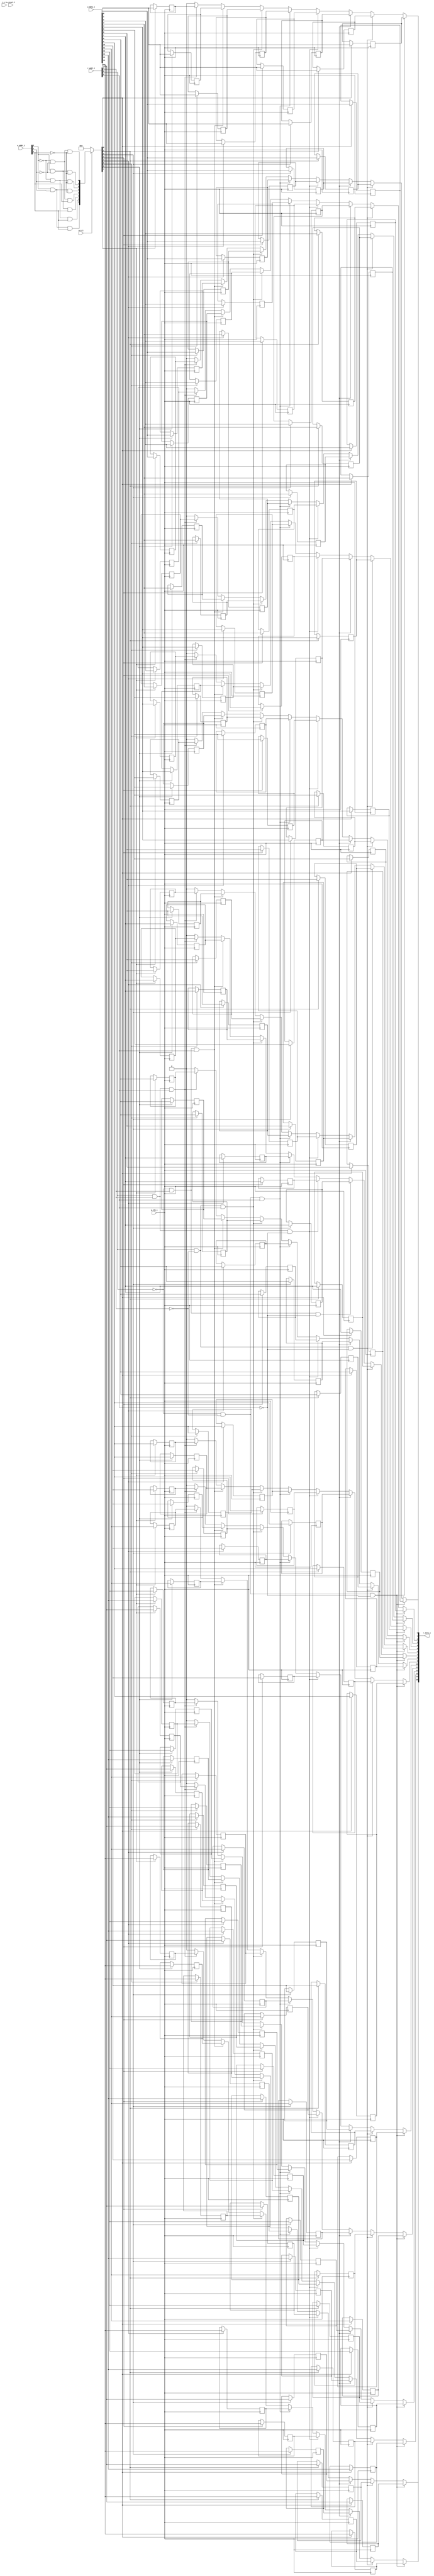
// This program was cloned from: https://github.com/NYU-MLDA/OpenABC
// License: BSD 3-Clause "New" or "Revised" License

module bsg_mem_1r1w_synth_width_p16_els_p8_read_write_same_addr_p0_harden_p0
(
  w_clk_i,
  w_reset_i,
  w_v_i,
  w_addr_i,
  w_data_i,
  r_v_i,
  r_addr_i,
  r_data_o
);

  input [2:0] w_addr_i;
  input [15:0] w_data_i;
  input [2:0] r_addr_i;
  output [15:0] r_data_o;
  input w_clk_i;
  input w_reset_i;
  input w_v_i;
  input r_v_i;
  wire [15:0] r_data_o;
  wire N0,N1,N2,N3,N4,N5,N6,N7,N8,N9,N10,N11,N12,N13,N14,N15,N16,N17,N18,N19,N20,N21,
  N22,N23,N24,N25,N26,N27,N28,N29,N30,N31,N32,N33,N34,N35,N36,N37,N38,N39,N40,N41,
  N42,N43,N44,N45;
  wire [127:0] mem;
  reg mem_127_sv2v_reg,mem_126_sv2v_reg,mem_125_sv2v_reg,mem_124_sv2v_reg,
  mem_123_sv2v_reg,mem_122_sv2v_reg,mem_121_sv2v_reg,mem_120_sv2v_reg,mem_119_sv2v_reg,
  mem_118_sv2v_reg,mem_117_sv2v_reg,mem_116_sv2v_reg,mem_115_sv2v_reg,mem_114_sv2v_reg,
  mem_113_sv2v_reg,mem_112_sv2v_reg,mem_111_sv2v_reg,mem_110_sv2v_reg,
  mem_109_sv2v_reg,mem_108_sv2v_reg,mem_107_sv2v_reg,mem_106_sv2v_reg,mem_105_sv2v_reg,
  mem_104_sv2v_reg,mem_103_sv2v_reg,mem_102_sv2v_reg,mem_101_sv2v_reg,mem_100_sv2v_reg,
  mem_99_sv2v_reg,mem_98_sv2v_reg,mem_97_sv2v_reg,mem_96_sv2v_reg,mem_95_sv2v_reg,
  mem_94_sv2v_reg,mem_93_sv2v_reg,mem_92_sv2v_reg,mem_91_sv2v_reg,mem_90_sv2v_reg,
  mem_89_sv2v_reg,mem_88_sv2v_reg,mem_87_sv2v_reg,mem_86_sv2v_reg,mem_85_sv2v_reg,
  mem_84_sv2v_reg,mem_83_sv2v_reg,mem_82_sv2v_reg,mem_81_sv2v_reg,mem_80_sv2v_reg,
  mem_79_sv2v_reg,mem_78_sv2v_reg,mem_77_sv2v_reg,mem_76_sv2v_reg,mem_75_sv2v_reg,
  mem_74_sv2v_reg,mem_73_sv2v_reg,mem_72_sv2v_reg,mem_71_sv2v_reg,mem_70_sv2v_reg,
  mem_69_sv2v_reg,mem_68_sv2v_reg,mem_67_sv2v_reg,mem_66_sv2v_reg,mem_65_sv2v_reg,
  mem_64_sv2v_reg,mem_63_sv2v_reg,mem_62_sv2v_reg,mem_61_sv2v_reg,mem_60_sv2v_reg,
  mem_59_sv2v_reg,mem_58_sv2v_reg,mem_57_sv2v_reg,mem_56_sv2v_reg,mem_55_sv2v_reg,
  mem_54_sv2v_reg,mem_53_sv2v_reg,mem_52_sv2v_reg,mem_51_sv2v_reg,mem_50_sv2v_reg,
  mem_49_sv2v_reg,mem_48_sv2v_reg,mem_47_sv2v_reg,mem_46_sv2v_reg,mem_45_sv2v_reg,
  mem_44_sv2v_reg,mem_43_sv2v_reg,mem_42_sv2v_reg,mem_41_sv2v_reg,mem_40_sv2v_reg,
  mem_39_sv2v_reg,mem_38_sv2v_reg,mem_37_sv2v_reg,mem_36_sv2v_reg,mem_35_sv2v_reg,
  mem_34_sv2v_reg,mem_33_sv2v_reg,mem_32_sv2v_reg,mem_31_sv2v_reg,mem_30_sv2v_reg,
  mem_29_sv2v_reg,mem_28_sv2v_reg,mem_27_sv2v_reg,mem_26_sv2v_reg,mem_25_sv2v_reg,
  mem_24_sv2v_reg,mem_23_sv2v_reg,mem_22_sv2v_reg,mem_21_sv2v_reg,mem_20_sv2v_reg,
  mem_19_sv2v_reg,mem_18_sv2v_reg,mem_17_sv2v_reg,mem_16_sv2v_reg,mem_15_sv2v_reg,
  mem_14_sv2v_reg,mem_13_sv2v_reg,mem_12_sv2v_reg,mem_11_sv2v_reg,mem_10_sv2v_reg,
  mem_9_sv2v_reg,mem_8_sv2v_reg,mem_7_sv2v_reg,mem_6_sv2v_reg,mem_5_sv2v_reg,
  mem_4_sv2v_reg,mem_3_sv2v_reg,mem_2_sv2v_reg,mem_1_sv2v_reg,mem_0_sv2v_reg;
  assign mem[127] = mem_127_sv2v_reg;
  assign mem[126] = mem_126_sv2v_reg;
  assign mem[125] = mem_125_sv2v_reg;
  assign mem[124] = mem_124_sv2v_reg;
  assign mem[123] = mem_123_sv2v_reg;
  assign mem[122] = mem_122_sv2v_reg;
  assign mem[121] = mem_121_sv2v_reg;
  assign mem[120] = mem_120_sv2v_reg;
  assign mem[119] = mem_119_sv2v_reg;
  assign mem[118] = mem_118_sv2v_reg;
  assign mem[117] = mem_117_sv2v_reg;
  assign mem[116] = mem_116_sv2v_reg;
  assign mem[115] = mem_115_sv2v_reg;
  assign mem[114] = mem_114_sv2v_reg;
  assign mem[113] = mem_113_sv2v_reg;
  assign mem[112] = mem_112_sv2v_reg;
  assign mem[111] = mem_111_sv2v_reg;
  assign mem[110] = mem_110_sv2v_reg;
  assign mem[109] = mem_109_sv2v_reg;
  assign mem[108] = mem_108_sv2v_reg;
  assign mem[107] = mem_107_sv2v_reg;
  assign mem[106] = mem_106_sv2v_reg;
  assign mem[105] = mem_105_sv2v_reg;
  assign mem[104] = mem_104_sv2v_reg;
  assign mem[103] = mem_103_sv2v_reg;
  assign mem[102] = mem_102_sv2v_reg;
  assign mem[101] = mem_101_sv2v_reg;
  assign mem[100] = mem_100_sv2v_reg;
  assign mem[99] = mem_99_sv2v_reg;
  assign mem[98] = mem_98_sv2v_reg;
  assign mem[97] = mem_97_sv2v_reg;
  assign mem[96] = mem_96_sv2v_reg;
  assign mem[95] = mem_95_sv2v_reg;
  assign mem[94] = mem_94_sv2v_reg;
  assign mem[93] = mem_93_sv2v_reg;
  assign mem[92] = mem_92_sv2v_reg;
  assign mem[91] = mem_91_sv2v_reg;
  assign mem[90] = mem_90_sv2v_reg;
  assign mem[89] = mem_89_sv2v_reg;
  assign mem[88] = mem_88_sv2v_reg;
  assign mem[87] = mem_87_sv2v_reg;
  assign mem[86] = mem_86_sv2v_reg;
  assign mem[85] = mem_85_sv2v_reg;
  assign mem[84] = mem_84_sv2v_reg;
  assign mem[83] = mem_83_sv2v_reg;
  assign mem[82] = mem_82_sv2v_reg;
  assign mem[81] = mem_81_sv2v_reg;
  assign mem[80] = mem_80_sv2v_reg;
  assign mem[79] = mem_79_sv2v_reg;
  assign mem[78] = mem_78_sv2v_reg;
  assign mem[77] = mem_77_sv2v_reg;
  assign mem[76] = mem_76_sv2v_reg;
  assign mem[75] = mem_75_sv2v_reg;
  assign mem[74] = mem_74_sv2v_reg;
  assign mem[73] = mem_73_sv2v_reg;
  assign mem[72] = mem_72_sv2v_reg;
  assign mem[71] = mem_71_sv2v_reg;
  assign mem[70] = mem_70_sv2v_reg;
  assign mem[69] = mem_69_sv2v_reg;
  assign mem[68] = mem_68_sv2v_reg;
  assign mem[67] = mem_67_sv2v_reg;
  assign mem[66] = mem_66_sv2v_reg;
  assign mem[65] = mem_65_sv2v_reg;
  assign mem[64] = mem_64_sv2v_reg;
  assign mem[63] = mem_63_sv2v_reg;
  assign mem[62] = mem_62_sv2v_reg;
  assign mem[61] = mem_61_sv2v_reg;
  assign mem[60] = mem_60_sv2v_reg;
  assign mem[59] = mem_59_sv2v_reg;
  assign mem[58] = mem_58_sv2v_reg;
  assign mem[57] = mem_57_sv2v_reg;
  assign mem[56] = mem_56_sv2v_reg;
  assign mem[55] = mem_55_sv2v_reg;
  assign mem[54] = mem_54_sv2v_reg;
  assign mem[53] = mem_53_sv2v_reg;
  assign mem[52] = mem_52_sv2v_reg;
  assign mem[51] = mem_51_sv2v_reg;
  assign mem[50] = mem_50_sv2v_reg;
  assign mem[49] = mem_49_sv2v_reg;
  assign mem[48] = mem_48_sv2v_reg;
  assign mem[47] = mem_47_sv2v_reg;
  assign mem[46] = mem_46_sv2v_reg;
  assign mem[45] = mem_45_sv2v_reg;
  assign mem[44] = mem_44_sv2v_reg;
  assign mem[43] = mem_43_sv2v_reg;
  assign mem[42] = mem_42_sv2v_reg;
  assign mem[41] = mem_41_sv2v_reg;
  assign mem[40] = mem_40_sv2v_reg;
  assign mem[39] = mem_39_sv2v_reg;
  assign mem[38] = mem_38_sv2v_reg;
  assign mem[37] = mem_37_sv2v_reg;
  assign mem[36] = mem_36_sv2v_reg;
  assign mem[35] = mem_35_sv2v_reg;
  assign mem[34] = mem_34_sv2v_reg;
  assign mem[33] = mem_33_sv2v_reg;
  assign mem[32] = mem_32_sv2v_reg;
  assign mem[31] = mem_31_sv2v_reg;
  assign mem[30] = mem_30_sv2v_reg;
  assign mem[29] = mem_29_sv2v_reg;
  assign mem[28] = mem_28_sv2v_reg;
  assign mem[27] = mem_27_sv2v_reg;
  assign mem[26] = mem_26_sv2v_reg;
  assign mem[25] = mem_25_sv2v_reg;
  assign mem[24] = mem_24_sv2v_reg;
  assign mem[23] = mem_23_sv2v_reg;
  assign mem[22] = mem_22_sv2v_reg;
  assign mem[21] = mem_21_sv2v_reg;
  assign mem[20] = mem_20_sv2v_reg;
  assign mem[19] = mem_19_sv2v_reg;
  assign mem[18] = mem_18_sv2v_reg;
  assign mem[17] = mem_17_sv2v_reg;
  assign mem[16] = mem_16_sv2v_reg;
  assign mem[15] = mem_15_sv2v_reg;
  assign mem[14] = mem_14_sv2v_reg;
  assign mem[13] = mem_13_sv2v_reg;
  assign mem[12] = mem_12_sv2v_reg;
  assign mem[11] = mem_11_sv2v_reg;
  assign mem[10] = mem_10_sv2v_reg;
  assign mem[9] = mem_9_sv2v_reg;
  assign mem[8] = mem_8_sv2v_reg;
  assign mem[7] = mem_7_sv2v_reg;
  assign mem[6] = mem_6_sv2v_reg;
  assign mem[5] = mem_5_sv2v_reg;
  assign mem[4] = mem_4_sv2v_reg;
  assign mem[3] = mem_3_sv2v_reg;
  assign mem[2] = mem_2_sv2v_reg;
  assign mem[1] = mem_1_sv2v_reg;
  assign mem[0] = mem_0_sv2v_reg;
  assign r_data_o[15] = (N17)? mem[15] : 
                        (N19)? mem[31] : 
                        (N21)? mem[47] : 
                        (N23)? mem[63] : 
                        (N18)? mem[79] : 
                        (N20)? mem[95] : 
                        (N22)? mem[111] : 
                        (N24)? mem[127] : 1'b0;
  assign r_data_o[14] = (N17)? mem[14] : 
                        (N19)? mem[30] : 
                        (N21)? mem[46] : 
                        (N23)? mem[62] : 
                        (N18)? mem[78] : 
                        (N20)? mem[94] : 
                        (N22)? mem[110] : 
                        (N24)? mem[126] : 1'b0;
  assign r_data_o[13] = (N17)? mem[13] : 
                        (N19)? mem[29] : 
                        (N21)? mem[45] : 
                        (N23)? mem[61] : 
                        (N18)? mem[77] : 
                        (N20)? mem[93] : 
                        (N22)? mem[109] : 
                        (N24)? mem[125] : 1'b0;
  assign r_data_o[12] = (N17)? mem[12] : 
                        (N19)? mem[28] : 
                        (N21)? mem[44] : 
                        (N23)? mem[60] : 
                        (N18)? mem[76] : 
                        (N20)? mem[92] : 
                        (N22)? mem[108] : 
                        (N24)? mem[124] : 1'b0;
  assign r_data_o[11] = (N17)? mem[11] : 
                        (N19)? mem[27] : 
                        (N21)? mem[43] : 
                        (N23)? mem[59] : 
                        (N18)? mem[75] : 
                        (N20)? mem[91] : 
                        (N22)? mem[107] : 
                        (N24)? mem[123] : 1'b0;
  assign r_data_o[10] = (N17)? mem[10] : 
                        (N19)? mem[26] : 
                        (N21)? mem[42] : 
                        (N23)? mem[58] : 
                        (N18)? mem[74] : 
                        (N20)? mem[90] : 
                        (N22)? mem[106] : 
                        (N24)? mem[122] : 1'b0;
  assign r_data_o[9] = (N17)? mem[9] : 
                       (N19)? mem[25] : 
                       (N21)? mem[41] : 
                       (N23)? mem[57] : 
                       (N18)? mem[73] : 
                       (N20)? mem[89] : 
                       (N22)? mem[105] : 
                       (N24)? mem[121] : 1'b0;
  assign r_data_o[8] = (N17)? mem[8] : 
                       (N19)? mem[24] : 
                       (N21)? mem[40] : 
                       (N23)? mem[56] : 
                       (N18)? mem[72] : 
                       (N20)? mem[88] : 
                       (N22)? mem[104] : 
                       (N24)? mem[120] : 1'b0;
  assign r_data_o[7] = (N17)? mem[7] : 
                       (N19)? mem[23] : 
                       (N21)? mem[39] : 
                       (N23)? mem[55] : 
                       (N18)? mem[71] : 
                       (N20)? mem[87] : 
                       (N22)? mem[103] : 
                       (N24)? mem[119] : 1'b0;
  assign r_data_o[6] = (N17)? mem[6] : 
                       (N19)? mem[22] : 
                       (N21)? mem[38] : 
                       (N23)? mem[54] : 
                       (N18)? mem[70] : 
                       (N20)? mem[86] : 
                       (N22)? mem[102] : 
                       (N24)? mem[118] : 1'b0;
  assign r_data_o[5] = (N17)? mem[5] : 
                       (N19)? mem[21] : 
                       (N21)? mem[37] : 
                       (N23)? mem[53] : 
                       (N18)? mem[69] : 
                       (N20)? mem[85] : 
                       (N22)? mem[101] : 
                       (N24)? mem[117] : 1'b0;
  assign r_data_o[4] = (N17)? mem[4] : 
                       (N19)? mem[20] : 
                       (N21)? mem[36] : 
                       (N23)? mem[52] : 
                       (N18)? mem[68] : 
                       (N20)? mem[84] : 
                       (N22)? mem[100] : 
                       (N24)? mem[116] : 1'b0;
  assign r_data_o[3] = (N17)? mem[3] : 
                       (N19)? mem[19] : 
                       (N21)? mem[35] : 
                       (N23)? mem[51] : 
                       (N18)? mem[67] : 
                       (N20)? mem[83] : 
                       (N22)? mem[99] : 
                       (N24)? mem[115] : 1'b0;
  assign r_data_o[2] = (N17)? mem[2] : 
                       (N19)? mem[18] : 
                       (N21)? mem[34] : 
                       (N23)? mem[50] : 
                       (N18)? mem[66] : 
                       (N20)? mem[82] : 
                       (N22)? mem[98] : 
                       (N24)? mem[114] : 1'b0;
  assign r_data_o[1] = (N17)? mem[1] : 
                       (N19)? mem[17] : 
                       (N21)? mem[33] : 
                       (N23)? mem[49] : 
                       (N18)? mem[65] : 
                       (N20)? mem[81] : 
                       (N22)? mem[97] : 
                       (N24)? mem[113] : 1'b0;
  assign r_data_o[0] = (N17)? mem[0] : 
                       (N19)? mem[16] : 
                       (N21)? mem[32] : 
                       (N23)? mem[48] : 
                       (N18)? mem[64] : 
                       (N20)? mem[80] : 
                       (N22)? mem[96] : 
                       (N24)? mem[112] : 1'b0;

  always @(posedge w_clk_i) begin
    if(N41) begin
      mem_127_sv2v_reg <= w_data_i[15];
    end 
  end


  always @(posedge w_clk_i) begin
    if(N41) begin
      mem_126_sv2v_reg <= w_data_i[14];
    end 
  end


  always @(posedge w_clk_i) begin
    if(N41) begin
      mem_125_sv2v_reg <= w_data_i[13];
    end 
  end


  always @(posedge w_clk_i) begin
    if(N41) begin
      mem_124_sv2v_reg <= w_data_i[12];
    end 
  end


  always @(posedge w_clk_i) begin
    if(N41) begin
      mem_123_sv2v_reg <= w_data_i[11];
    end 
  end


  always @(posedge w_clk_i) begin
    if(N41) begin
      mem_122_sv2v_reg <= w_data_i[10];
    end 
  end


  always @(posedge w_clk_i) begin
    if(N41) begin
      mem_121_sv2v_reg <= w_data_i[9];
    end 
  end


  always @(posedge w_clk_i) begin
    if(N41) begin
      mem_120_sv2v_reg <= w_data_i[8];
    end 
  end


  always @(posedge w_clk_i) begin
    if(N41) begin
      mem_119_sv2v_reg <= w_data_i[7];
    end 
  end


  always @(posedge w_clk_i) begin
    if(N41) begin
      mem_118_sv2v_reg <= w_data_i[6];
    end 
  end


  always @(posedge w_clk_i) begin
    if(N41) begin
      mem_117_sv2v_reg <= w_data_i[5];
    end 
  end


  always @(posedge w_clk_i) begin
    if(N41) begin
      mem_116_sv2v_reg <= w_data_i[4];
    end 
  end


  always @(posedge w_clk_i) begin
    if(N41) begin
      mem_115_sv2v_reg <= w_data_i[3];
    end 
  end


  always @(posedge w_clk_i) begin
    if(N41) begin
      mem_114_sv2v_reg <= w_data_i[2];
    end 
  end


  always @(posedge w_clk_i) begin
    if(N41) begin
      mem_113_sv2v_reg <= w_data_i[1];
    end 
  end


  always @(posedge w_clk_i) begin
    if(N41) begin
      mem_112_sv2v_reg <= w_data_i[0];
    end 
  end


  always @(posedge w_clk_i) begin
    if(N40) begin
      mem_111_sv2v_reg <= w_data_i[15];
    end 
  end


  always @(posedge w_clk_i) begin
    if(N40) begin
      mem_110_sv2v_reg <= w_data_i[14];
    end 
  end


  always @(posedge w_clk_i) begin
    if(N40) begin
      mem_109_sv2v_reg <= w_data_i[13];
    end 
  end


  always @(posedge w_clk_i) begin
    if(N40) begin
      mem_108_sv2v_reg <= w_data_i[12];
    end 
  end


  always @(posedge w_clk_i) begin
    if(N40) begin
      mem_107_sv2v_reg <= w_data_i[11];
    end 
  end


  always @(posedge w_clk_i) begin
    if(N40) begin
      mem_106_sv2v_reg <= w_data_i[10];
    end 
  end


  always @(posedge w_clk_i) begin
    if(N40) begin
      mem_105_sv2v_reg <= w_data_i[9];
    end 
  end


  always @(posedge w_clk_i) begin
    if(N40) begin
      mem_104_sv2v_reg <= w_data_i[8];
    end 
  end


  always @(posedge w_clk_i) begin
    if(N40) begin
      mem_103_sv2v_reg <= w_data_i[7];
    end 
  end


  always @(posedge w_clk_i) begin
    if(N40) begin
      mem_102_sv2v_reg <= w_data_i[6];
    end 
  end


  always @(posedge w_clk_i) begin
    if(N40) begin
      mem_101_sv2v_reg <= w_data_i[5];
    end 
  end


  always @(posedge w_clk_i) begin
    if(N40) begin
      mem_100_sv2v_reg <= w_data_i[4];
    end 
  end


  always @(posedge w_clk_i) begin
    if(N40) begin
      mem_99_sv2v_reg <= w_data_i[3];
    end 
  end


  always @(posedge w_clk_i) begin
    if(N40) begin
      mem_98_sv2v_reg <= w_data_i[2];
    end 
  end


  always @(posedge w_clk_i) begin
    if(N40) begin
      mem_97_sv2v_reg <= w_data_i[1];
    end 
  end


  always @(posedge w_clk_i) begin
    if(N40) begin
      mem_96_sv2v_reg <= w_data_i[0];
    end 
  end


  always @(posedge w_clk_i) begin
    if(N39) begin
      mem_95_sv2v_reg <= w_data_i[15];
    end 
  end


  always @(posedge w_clk_i) begin
    if(N39) begin
      mem_94_sv2v_reg <= w_data_i[14];
    end 
  end


  always @(posedge w_clk_i) begin
    if(N39) begin
      mem_93_sv2v_reg <= w_data_i[13];
    end 
  end


  always @(posedge w_clk_i) begin
    if(N39) begin
      mem_92_sv2v_reg <= w_data_i[12];
    end 
  end


  always @(posedge w_clk_i) begin
    if(N39) begin
      mem_91_sv2v_reg <= w_data_i[11];
    end 
  end


  always @(posedge w_clk_i) begin
    if(N39) begin
      mem_90_sv2v_reg <= w_data_i[10];
    end 
  end


  always @(posedge w_clk_i) begin
    if(N39) begin
      mem_89_sv2v_reg <= w_data_i[9];
    end 
  end


  always @(posedge w_clk_i) begin
    if(N39) begin
      mem_88_sv2v_reg <= w_data_i[8];
    end 
  end


  always @(posedge w_clk_i) begin
    if(N39) begin
      mem_87_sv2v_reg <= w_data_i[7];
    end 
  end


  always @(posedge w_clk_i) begin
    if(N39) begin
      mem_86_sv2v_reg <= w_data_i[6];
    end 
  end


  always @(posedge w_clk_i) begin
    if(N39) begin
      mem_85_sv2v_reg <= w_data_i[5];
    end 
  end


  always @(posedge w_clk_i) begin
    if(N39) begin
      mem_84_sv2v_reg <= w_data_i[4];
    end 
  end


  always @(posedge w_clk_i) begin
    if(N39) begin
      mem_83_sv2v_reg <= w_data_i[3];
    end 
  end


  always @(posedge w_clk_i) begin
    if(N39) begin
      mem_82_sv2v_reg <= w_data_i[2];
    end 
  end


  always @(posedge w_clk_i) begin
    if(N39) begin
      mem_81_sv2v_reg <= w_data_i[1];
    end 
  end


  always @(posedge w_clk_i) begin
    if(N39) begin
      mem_80_sv2v_reg <= w_data_i[0];
    end 
  end


  always @(posedge w_clk_i) begin
    if(N38) begin
      mem_79_sv2v_reg <= w_data_i[15];
    end 
  end


  always @(posedge w_clk_i) begin
    if(N38) begin
      mem_78_sv2v_reg <= w_data_i[14];
    end 
  end


  always @(posedge w_clk_i) begin
    if(N38) begin
      mem_77_sv2v_reg <= w_data_i[13];
    end 
  end


  always @(posedge w_clk_i) begin
    if(N38) begin
      mem_76_sv2v_reg <= w_data_i[12];
    end 
  end


  always @(posedge w_clk_i) begin
    if(N38) begin
      mem_75_sv2v_reg <= w_data_i[11];
    end 
  end


  always @(posedge w_clk_i) begin
    if(N38) begin
      mem_74_sv2v_reg <= w_data_i[10];
    end 
  end


  always @(posedge w_clk_i) begin
    if(N38) begin
      mem_73_sv2v_reg <= w_data_i[9];
    end 
  end


  always @(posedge w_clk_i) begin
    if(N38) begin
      mem_72_sv2v_reg <= w_data_i[8];
    end 
  end


  always @(posedge w_clk_i) begin
    if(N38) begin
      mem_71_sv2v_reg <= w_data_i[7];
    end 
  end


  always @(posedge w_clk_i) begin
    if(N38) begin
      mem_70_sv2v_reg <= w_data_i[6];
    end 
  end


  always @(posedge w_clk_i) begin
    if(N38) begin
      mem_69_sv2v_reg <= w_data_i[5];
    end 
  end


  always @(posedge w_clk_i) begin
    if(N38) begin
      mem_68_sv2v_reg <= w_data_i[4];
    end 
  end


  always @(posedge w_clk_i) begin
    if(N38) begin
      mem_67_sv2v_reg <= w_data_i[3];
    end 
  end


  always @(posedge w_clk_i) begin
    if(N38) begin
      mem_66_sv2v_reg <= w_data_i[2];
    end 
  end


  always @(posedge w_clk_i) begin
    if(N38) begin
      mem_65_sv2v_reg <= w_data_i[1];
    end 
  end


  always @(posedge w_clk_i) begin
    if(N38) begin
      mem_64_sv2v_reg <= w_data_i[0];
    end 
  end


  always @(posedge w_clk_i) begin
    if(N37) begin
      mem_63_sv2v_reg <= w_data_i[15];
    end 
  end


  always @(posedge w_clk_i) begin
    if(N37) begin
      mem_62_sv2v_reg <= w_data_i[14];
    end 
  end


  always @(posedge w_clk_i) begin
    if(N37) begin
      mem_61_sv2v_reg <= w_data_i[13];
    end 
  end


  always @(posedge w_clk_i) begin
    if(N37) begin
      mem_60_sv2v_reg <= w_data_i[12];
    end 
  end


  always @(posedge w_clk_i) begin
    if(N37) begin
      mem_59_sv2v_reg <= w_data_i[11];
    end 
  end


  always @(posedge w_clk_i) begin
    if(N37) begin
      mem_58_sv2v_reg <= w_data_i[10];
    end 
  end


  always @(posedge w_clk_i) begin
    if(N37) begin
      mem_57_sv2v_reg <= w_data_i[9];
    end 
  end


  always @(posedge w_clk_i) begin
    if(N37) begin
      mem_56_sv2v_reg <= w_data_i[8];
    end 
  end


  always @(posedge w_clk_i) begin
    if(N37) begin
      mem_55_sv2v_reg <= w_data_i[7];
    end 
  end


  always @(posedge w_clk_i) begin
    if(N37) begin
      mem_54_sv2v_reg <= w_data_i[6];
    end 
  end


  always @(posedge w_clk_i) begin
    if(N37) begin
      mem_53_sv2v_reg <= w_data_i[5];
    end 
  end


  always @(posedge w_clk_i) begin
    if(N37) begin
      mem_52_sv2v_reg <= w_data_i[4];
    end 
  end


  always @(posedge w_clk_i) begin
    if(N37) begin
      mem_51_sv2v_reg <= w_data_i[3];
    end 
  end


  always @(posedge w_clk_i) begin
    if(N37) begin
      mem_50_sv2v_reg <= w_data_i[2];
    end 
  end


  always @(posedge w_clk_i) begin
    if(N37) begin
      mem_49_sv2v_reg <= w_data_i[1];
    end 
  end


  always @(posedge w_clk_i) begin
    if(N37) begin
      mem_48_sv2v_reg <= w_data_i[0];
    end 
  end


  always @(posedge w_clk_i) begin
    if(N36) begin
      mem_47_sv2v_reg <= w_data_i[15];
    end 
  end


  always @(posedge w_clk_i) begin
    if(N36) begin
      mem_46_sv2v_reg <= w_data_i[14];
    end 
  end


  always @(posedge w_clk_i) begin
    if(N36) begin
      mem_45_sv2v_reg <= w_data_i[13];
    end 
  end


  always @(posedge w_clk_i) begin
    if(N36) begin
      mem_44_sv2v_reg <= w_data_i[12];
    end 
  end


  always @(posedge w_clk_i) begin
    if(N36) begin
      mem_43_sv2v_reg <= w_data_i[11];
    end 
  end


  always @(posedge w_clk_i) begin
    if(N36) begin
      mem_42_sv2v_reg <= w_data_i[10];
    end 
  end


  always @(posedge w_clk_i) begin
    if(N36) begin
      mem_41_sv2v_reg <= w_data_i[9];
    end 
  end


  always @(posedge w_clk_i) begin
    if(N36) begin
      mem_40_sv2v_reg <= w_data_i[8];
    end 
  end


  always @(posedge w_clk_i) begin
    if(N36) begin
      mem_39_sv2v_reg <= w_data_i[7];
    end 
  end


  always @(posedge w_clk_i) begin
    if(N36) begin
      mem_38_sv2v_reg <= w_data_i[6];
    end 
  end


  always @(posedge w_clk_i) begin
    if(N36) begin
      mem_37_sv2v_reg <= w_data_i[5];
    end 
  end


  always @(posedge w_clk_i) begin
    if(N36) begin
      mem_36_sv2v_reg <= w_data_i[4];
    end 
  end


  always @(posedge w_clk_i) begin
    if(N36) begin
      mem_35_sv2v_reg <= w_data_i[3];
    end 
  end


  always @(posedge w_clk_i) begin
    if(N36) begin
      mem_34_sv2v_reg <= w_data_i[2];
    end 
  end


  always @(posedge w_clk_i) begin
    if(N36) begin
      mem_33_sv2v_reg <= w_data_i[1];
    end 
  end


  always @(posedge w_clk_i) begin
    if(N36) begin
      mem_32_sv2v_reg <= w_data_i[0];
    end 
  end


  always @(posedge w_clk_i) begin
    if(N35) begin
      mem_31_sv2v_reg <= w_data_i[15];
    end 
  end


  always @(posedge w_clk_i) begin
    if(N35) begin
      mem_30_sv2v_reg <= w_data_i[14];
    end 
  end


  always @(posedge w_clk_i) begin
    if(N35) begin
      mem_29_sv2v_reg <= w_data_i[13];
    end 
  end


  always @(posedge w_clk_i) begin
    if(N35) begin
      mem_28_sv2v_reg <= w_data_i[12];
    end 
  end


  always @(posedge w_clk_i) begin
    if(N35) begin
      mem_27_sv2v_reg <= w_data_i[11];
    end 
  end


  always @(posedge w_clk_i) begin
    if(N35) begin
      mem_26_sv2v_reg <= w_data_i[10];
    end 
  end


  always @(posedge w_clk_i) begin
    if(N35) begin
      mem_25_sv2v_reg <= w_data_i[9];
    end 
  end


  always @(posedge w_clk_i) begin
    if(N35) begin
      mem_24_sv2v_reg <= w_data_i[8];
    end 
  end


  always @(posedge w_clk_i) begin
    if(N35) begin
      mem_23_sv2v_reg <= w_data_i[7];
    end 
  end


  always @(posedge w_clk_i) begin
    if(N35) begin
      mem_22_sv2v_reg <= w_data_i[6];
    end 
  end


  always @(posedge w_clk_i) begin
    if(N35) begin
      mem_21_sv2v_reg <= w_data_i[5];
    end 
  end


  always @(posedge w_clk_i) begin
    if(N35) begin
      mem_20_sv2v_reg <= w_data_i[4];
    end 
  end


  always @(posedge w_clk_i) begin
    if(N35) begin
      mem_19_sv2v_reg <= w_data_i[3];
    end 
  end


  always @(posedge w_clk_i) begin
    if(N35) begin
      mem_18_sv2v_reg <= w_data_i[2];
    end 
  end


  always @(posedge w_clk_i) begin
    if(N35) begin
      mem_17_sv2v_reg <= w_data_i[1];
    end 
  end


  always @(posedge w_clk_i) begin
    if(N35) begin
      mem_16_sv2v_reg <= w_data_i[0];
    end 
  end


  always @(posedge w_clk_i) begin
    if(N34) begin
      mem_15_sv2v_reg <= w_data_i[15];
    end 
  end


  always @(posedge w_clk_i) begin
    if(N34) begin
      mem_14_sv2v_reg <= w_data_i[14];
    end 
  end


  always @(posedge w_clk_i) begin
    if(N34) begin
      mem_13_sv2v_reg <= w_data_i[13];
    end 
  end


  always @(posedge w_clk_i) begin
    if(N34) begin
      mem_12_sv2v_reg <= w_data_i[12];
    end 
  end


  always @(posedge w_clk_i) begin
    if(N34) begin
      mem_11_sv2v_reg <= w_data_i[11];
    end 
  end


  always @(posedge w_clk_i) begin
    if(N34) begin
      mem_10_sv2v_reg <= w_data_i[10];
    end 
  end


  always @(posedge w_clk_i) begin
    if(N34) begin
      mem_9_sv2v_reg <= w_data_i[9];
    end 
  end


  always @(posedge w_clk_i) begin
    if(N34) begin
      mem_8_sv2v_reg <= w_data_i[8];
    end 
  end


  always @(posedge w_clk_i) begin
    if(N34) begin
      mem_7_sv2v_reg <= w_data_i[7];
    end 
  end


  always @(posedge w_clk_i) begin
    if(N34) begin
      mem_6_sv2v_reg <= w_data_i[6];
    end 
  end


  always @(posedge w_clk_i) begin
    if(N34) begin
      mem_5_sv2v_reg <= w_data_i[5];
    end 
  end


  always @(posedge w_clk_i) begin
    if(N34) begin
      mem_4_sv2v_reg <= w_data_i[4];
    end 
  end


  always @(posedge w_clk_i) begin
    if(N34) begin
      mem_3_sv2v_reg <= w_data_i[3];
    end 
  end


  always @(posedge w_clk_i) begin
    if(N34) begin
      mem_2_sv2v_reg <= w_data_i[2];
    end 
  end


  always @(posedge w_clk_i) begin
    if(N34) begin
      mem_1_sv2v_reg <= w_data_i[1];
    end 
  end


  always @(posedge w_clk_i) begin
    if(N34) begin
      mem_0_sv2v_reg <= w_data_i[0];
    end 
  end

  assign N42 = w_addr_i[0] & w_addr_i[1];
  assign N33 = N42 & w_addr_i[2];
  assign N43 = N0 & w_addr_i[1];
  assign N0 = ~w_addr_i[0];
  assign N32 = N43 & w_addr_i[2];
  assign N44 = w_addr_i[0] & N1;
  assign N1 = ~w_addr_i[1];
  assign N31 = N44 & w_addr_i[2];
  assign N45 = N2 & N3;
  assign N2 = ~w_addr_i[0];
  assign N3 = ~w_addr_i[1];
  assign N30 = N45 & w_addr_i[2];
  assign N29 = N42 & N4;
  assign N4 = ~w_addr_i[2];
  assign N28 = N43 & N5;
  assign N5 = ~w_addr_i[2];
  assign N27 = N44 & N6;
  assign N6 = ~w_addr_i[2];
  assign N26 = N45 & N7;
  assign N7 = ~w_addr_i[2];
  assign { N41, N40, N39, N38, N37, N36, N35, N34 } = (N8)? { N33, N32, N31, N30, N29, N28, N27, N26 } : 
                                                      (N9)? { 1'b0, 1'b0, 1'b0, 1'b0, 1'b0, 1'b0, 1'b0, 1'b0 } : 1'b0;
  assign N8 = w_v_i;
  assign N9 = N25;
  assign N10 = ~r_addr_i[0];
  assign N11 = ~r_addr_i[1];
  assign N12 = N10 & N11;
  assign N13 = N10 & r_addr_i[1];
  assign N14 = r_addr_i[0] & N11;
  assign N15 = r_addr_i[0] & r_addr_i[1];
  assign N16 = ~r_addr_i[2];
  assign N17 = N12 & N16;
  assign N18 = N12 & r_addr_i[2];
  assign N19 = N14 & N16;
  assign N20 = N14 & r_addr_i[2];
  assign N21 = N13 & N16;
  assign N22 = N13 & r_addr_i[2];
  assign N23 = N15 & N16;
  assign N24 = N15 & r_addr_i[2];
  assign N25 = ~w_v_i;

endmodule